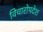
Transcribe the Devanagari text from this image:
विचारोपदेश